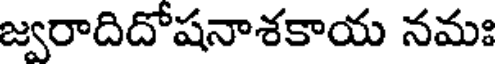
జ్వరాదిదోషనాశకాయ నమః